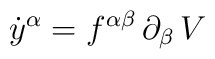
\dot y^\alpha=f^{\alpha\beta}\,\partial_\beta\,V